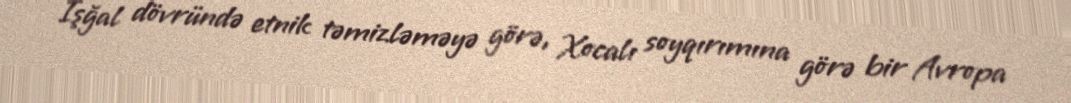
İşğal dövründə etnik təmizləməyə görə, Xocalı soyqırımına görə bir Avropa